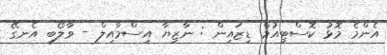
އެންމެ މޮޅު ކޮސްޓިއުމް ޑިޒައިން : ނާޒިޔާ އިސްމާއިލް - ވާލޯބި އެނގޭ